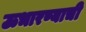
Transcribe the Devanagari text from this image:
ऊभारण्याची